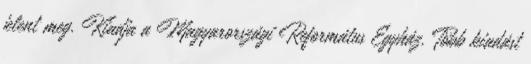
jelent meg. Kiadja a Magyarországi Református Egyház. Több kiadást